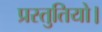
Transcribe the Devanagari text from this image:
प्रस्तुतियो।